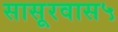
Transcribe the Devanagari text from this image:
सासूरवास५